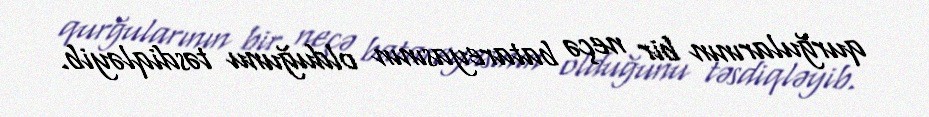
qurğularının bir neçə batareyasının olduğunu təsdiqləyib.